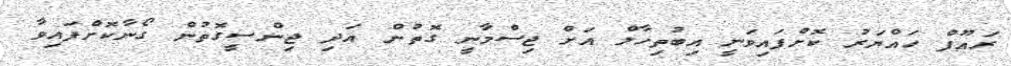
ރައޫފް ހައްޔަރު ކޮށްފައިވަނީ އިބުތިހާލް އަށް ޖިސްމާނީ ގޮތުން އަދި ޖިންސީގޮތުން ގޯނާކޮށްފައިވާ